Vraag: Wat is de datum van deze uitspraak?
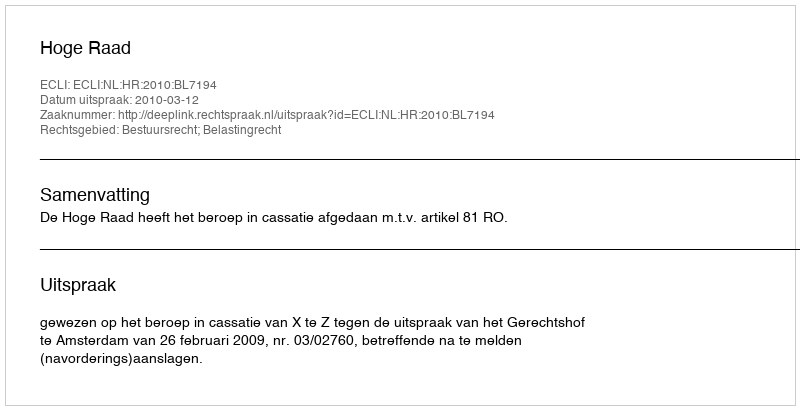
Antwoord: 2010-03-12